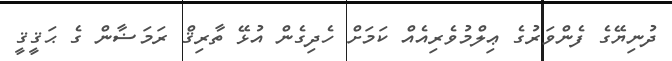
ދުނިޔޭގެ ފެންވަރުގެ ޢިލްމުވެރިއެއް ކަމަށް ހެދިގެން އުޅޭ ތާރިޤް ރަމަޟާން ގެ ޙަޤީޤީ